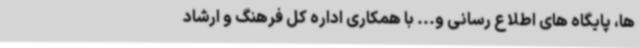
ها، پایگاه های اطلاع رسانی و... با همکاری اداره کل فرهنگ و ارشاد